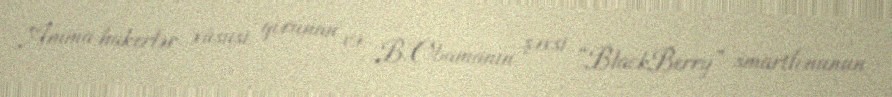
Amma hakerlər xüsusi qorunan və B.Obamanın şəxsi “BlackBerry” smartfonunun